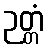
ဉတ္တံ